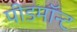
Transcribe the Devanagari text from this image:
पीडमॉन्ट